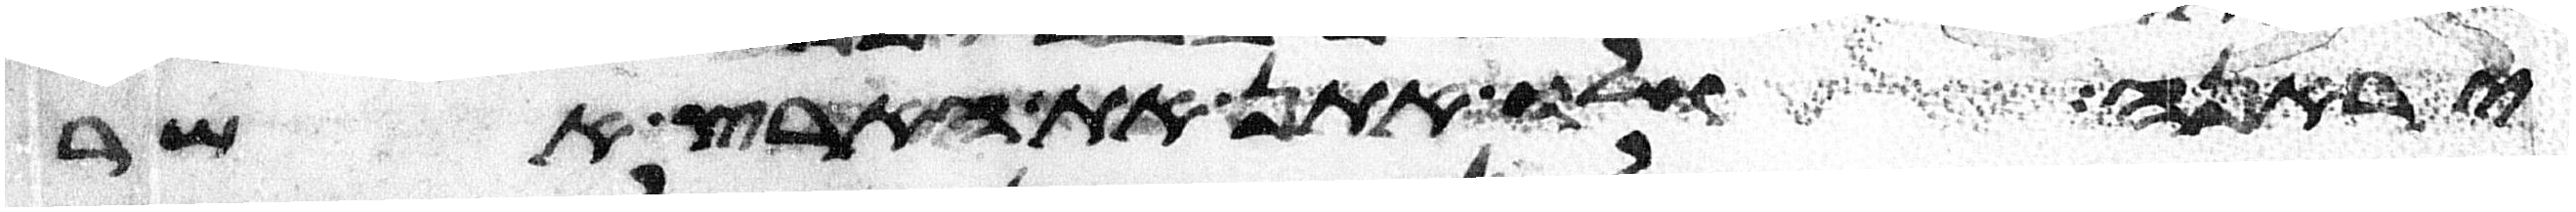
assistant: יראנה ולו אתן את הארץ אשר